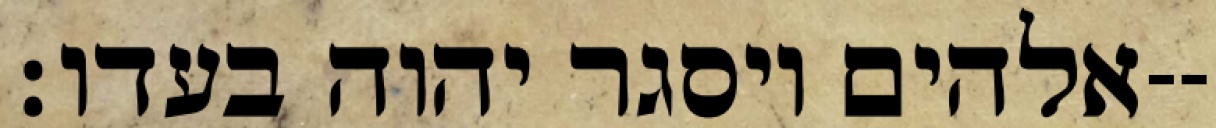
אלהים ויסגר יהוה בעדו׃--